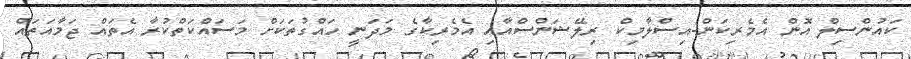
ކައުންސިލް އޮން އެމެރިކަން-އިސްލާމިކް ރިލޭޝަންސްއާއި އެމެރިކާގެ މަދަނީ ހައްގުތަކަށް މަސައްކަތްކުރާ އެތައް ޖަމާއަތައް